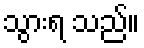
သွားရ သည်။